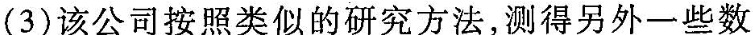
(3)该公司按照类似的研究方法，测得另外一些数